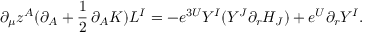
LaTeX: \partial _ { \mu } z ^ { A } ( \partial _ { A } + { \frac { 1 } { 2 } } \, \partial _ { A } K ) L ^ { I } = - e ^ { 3 U } Y ^ { I } ( { Y } ^ { J } \partial _ { r } H _ { J } ) + e ^ { U } \partial _ { r } Y ^ { I } .